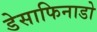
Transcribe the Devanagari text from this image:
डेसाफिनाडो